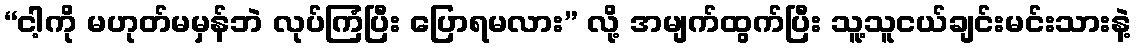
“ငါ့ကို မဟုတ်မမှန်ဘဲ လုပ်ကြံပြီး ပြောရမလား” လို့ အမျက်ထွက်ပြီး သူ့သူငယ်ချင်းမင်းသားနဲ့